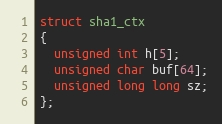
Language: C
struct sha1_ctx
{
  unsigned int h[5];
  unsigned char buf[64];
  unsigned long long sz;
};